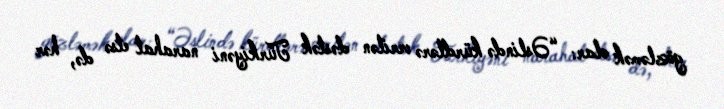
gözləmək olar: “Əslində kürdlərə verilən dəstək Türkiyəni narahat etsə də, hər